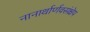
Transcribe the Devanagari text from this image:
नानार्थार्णवसंक्षेप